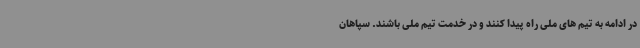
در ادامه به تیم های ملی راه پیدا کنند و در خدمت تیم ملی باشند. سپاهان